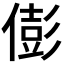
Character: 𠎎